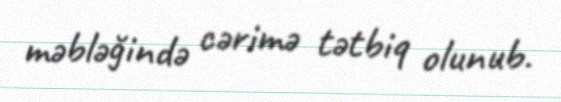
məbləğində cərimə tətbiq olunub.